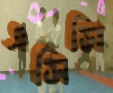
এসিসি